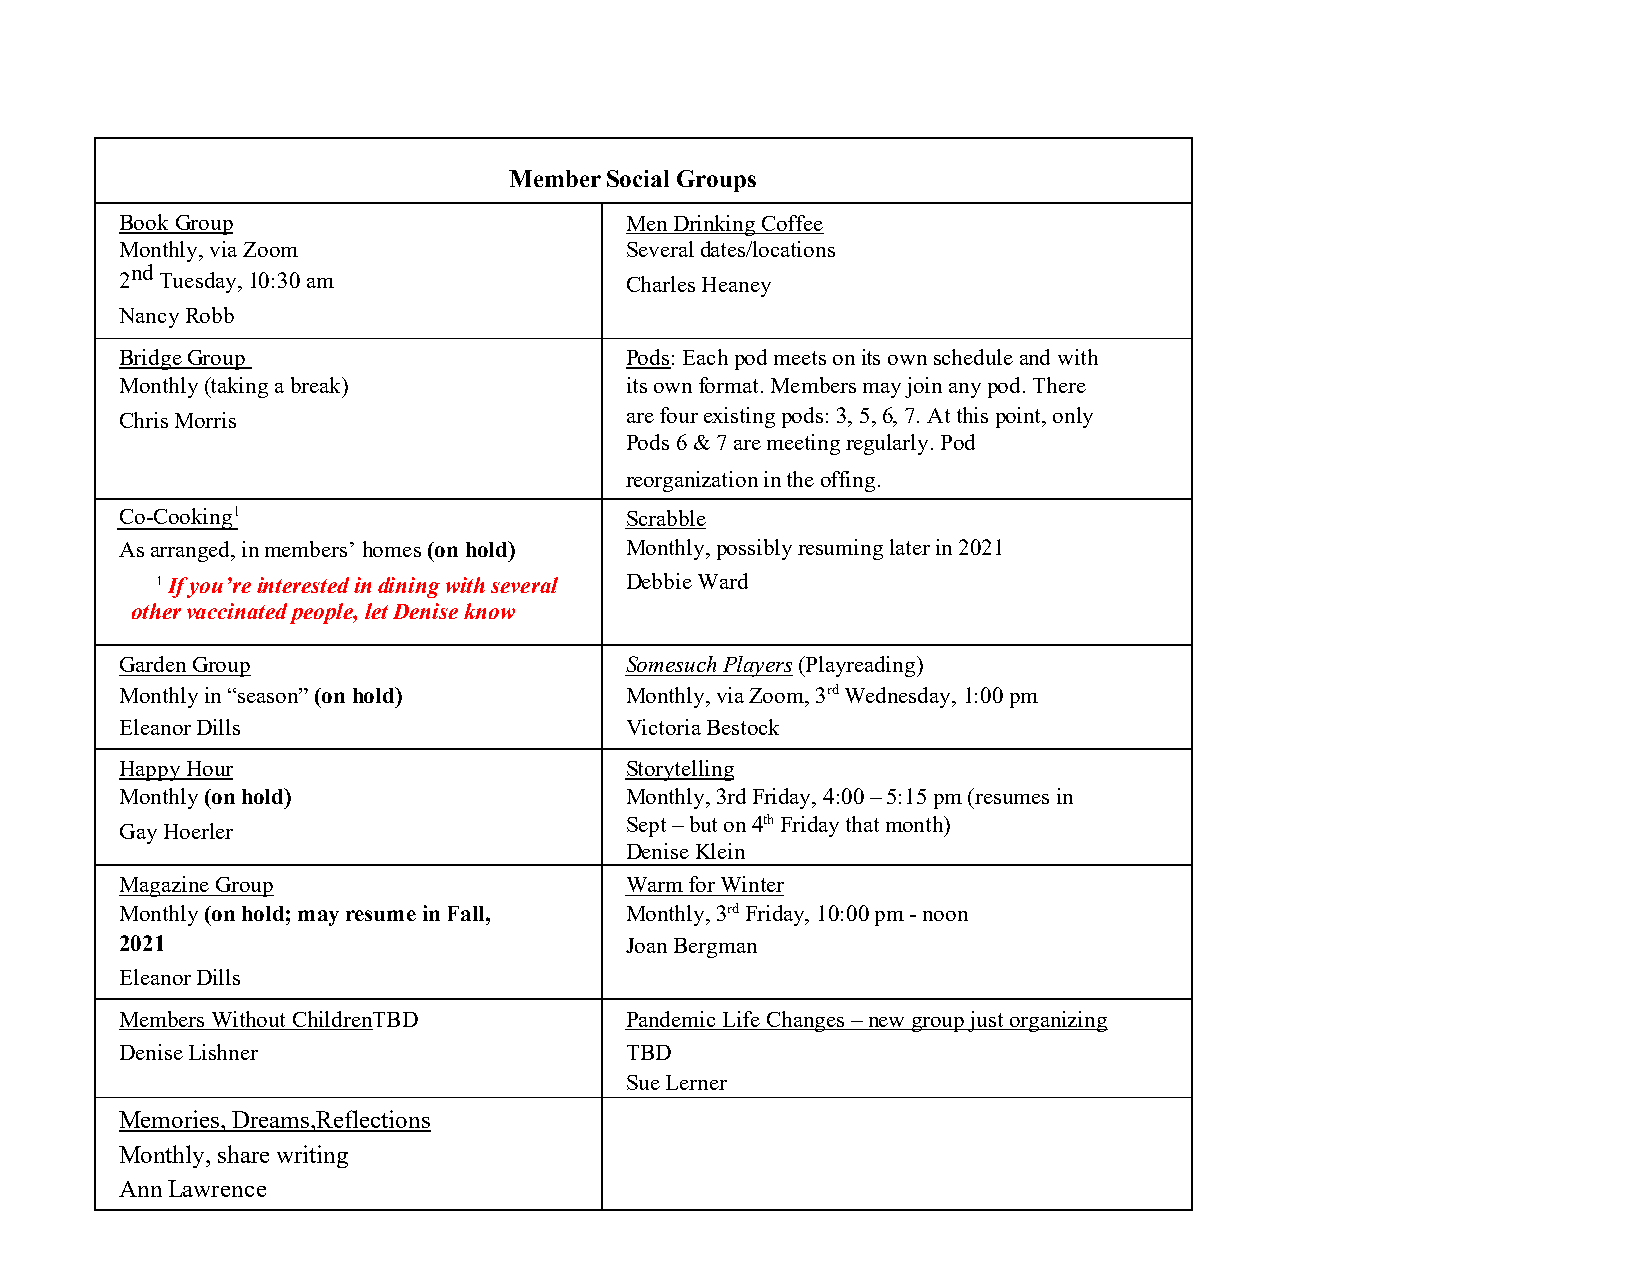
Member Social Groups
 Book Group                       Men Drinking Coffee
 Monthly, via Zoom                Several dates/locations
 nd
 2  Tuesday, 10:30 am             Charles Heaney
 Nancy Robb
 Bridge Group                     Pods: Each pod meets on its own schedule and with
 Monthly (taking a break)         its own format. Members may join any pod. There
 Chris Morris                     are four existing pods: 3, 5, 6, 7. At this point, only
 Pods 6 & 7 are meeting regularly. Pod
 reorganization in the offing.
 Co-Cooking1                      Scrabble
 As arranged, in members’ homes (on hold) Monthly, possibly resuming later in 2021
 1 If you’re interested in dining with several Debbie Ward
 other vaccinated people, let Denise know
 Garden Group                     Somesuch Players (Playreading)
 Monthly in “season” (on hold)    Monthly, via Zoom, 3rd Wednesday, 1:00 pm
 Eleanor Dills                    Victoria Bestock
 Happy Hour                       Storytelling
 Monthly (on hold)                Monthly, 3rd Friday, 4:00 – 5:15 pm (resumes in
 Sept – but on 4th Friday that month)
 Gay Hoerler
 Denise Klein
 Magazine Group                   Warm for Winter
 Monthly (on hold; may resume in Fall, Monthly, 3rd Friday, 10:00 pm - noon
 2021                             Joan Bergman
 Eleanor Dills
 Members Without ChildrenTBD      Pandemic Life Changes – new group just organizing
 Denise Lishner                   TBD
 Sue Lerner
 Memories, Dreams,Reflections
 Monthly, share writing
 Ann Lawrence